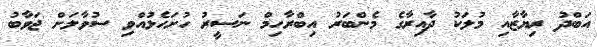
އަބްދު ރިޔާޒާއި މުލަކު ދާއިރާގެ މެންބަރު އިބްރާހިމް ނަސީރު ހުށަހެޅުއްވި ސުވާލަށް ޖަވާބު